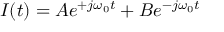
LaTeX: I ( t ) = A e ^ { + j \omega _ { 0 } t } + B e ^ { - j \omega _ { 0 } t }